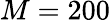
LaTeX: M=200